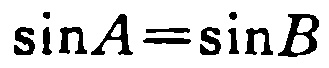
\(\sin A=\sin B\)